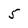
Character: 5